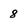
Character: 8